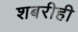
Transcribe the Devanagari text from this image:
शबरीही